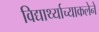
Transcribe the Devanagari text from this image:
विद्यार्थ्याच्याकलेने